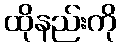
ထိုနည်းကို